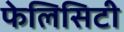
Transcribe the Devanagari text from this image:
फेलिसिटी